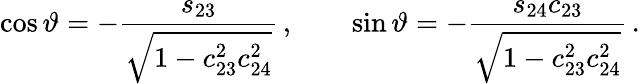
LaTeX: \cos\vartheta=-\frac{s_{23}}{\sqrt{1-c_{23}^{2}c_{24}^{2}}}\, ,\qquad\sin\vartheta=-\frac{s_{24}c_{23}}{\sqrt{1-c_{23}^{2}c_{24}^{2}}}\, .